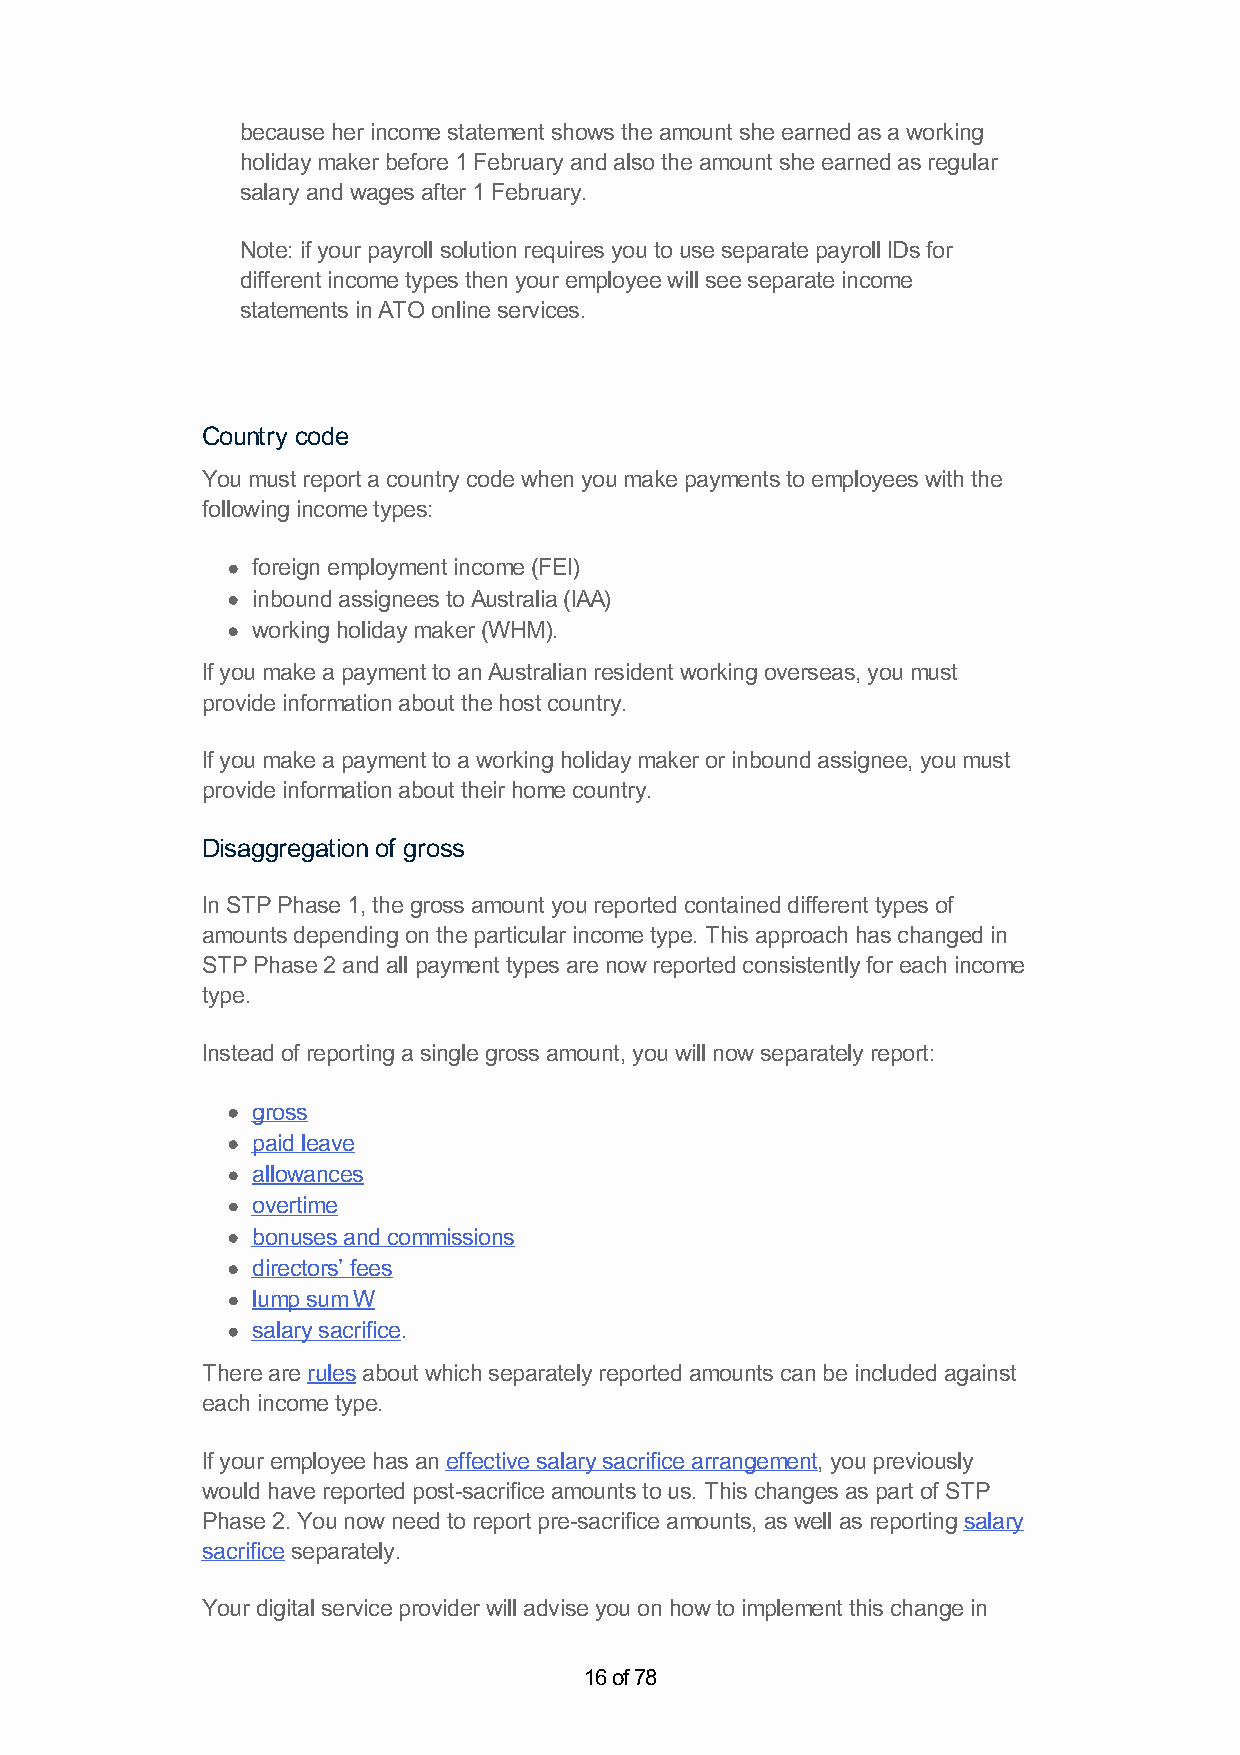
because her income statement shows the amount she earned as a working
 holiday maker before 1 February and also the amount she earned as regular
 salary and wages after 1 February.
 Note: if your payroll solution requires you to use separate payroll IDs for
 different income types then your employee will see separate income
 statements in ATO online services.
 Country code
 You must report a country code when you make payments to employees with the
 following income types:
 foreign employment income (FEI)
 inbound assignees to Australia (IAA)
 working holiday maker (WHM).
 If you make a payment to an Australian resident working overseas, you must
 provide information about the host country.
 If you make a payment to a working holiday maker or inbound assignee, you must
 provide information about their home country.
 Disaggregation of gross
 In STP Phase 1, the gross amount you reported contained different types of
 amounts depending on the particular income type. This approach has changed in
 STP Phase 2 and all payment types are now reported consistently for each income
 type.
 Instead of reporting a single gross amount, you will now separately report:
 gross
 paid leave
 allowances
 overtime
 bonuses and commissions
 directors’ fees
 lump sum W
 salary sacrifice.
 There are rules about which separately reported amounts can be included against
 each income type.
 If your employee has an effective salary sacrifice arrangement, you previously
 would have reported post-sacrifice amounts to us. This changes as part of STP
 Phase 2. You now need to report pre-sacrifice amounts, as well as reporting salary
 sacrifice separately.
 Your digital service provider will advise you on how to implement this change in
 16 of 78